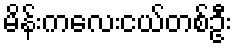
မိန်းကလေးငယ်တစ်ဦး